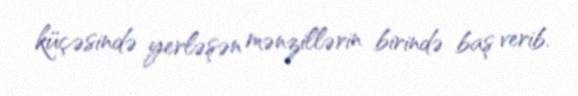
küçəsində yerləşən mənzillərin birində baş verib.